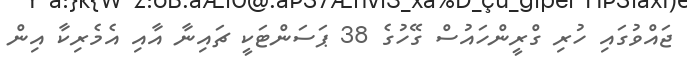
ޖައްވުގައި ހުރި ގްރީންހައުސް ގޭހުގެ 38 ޕަސަންޓަކީ ޗައިނާ އާއި އެމެރިކާ އިން